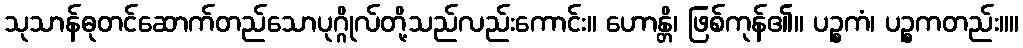
သုသာန်ဓုတင်ဆောက်တည်သောပုဂ္ဂိုလ်တို့သည်လည်းကောင်း။ ဟောန္တိ၊ ဖြစ်ကုန်၏။ ပဉ္စကံ၊ ပဉ္စကတည်း။။